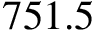
7 5 1 . 5